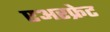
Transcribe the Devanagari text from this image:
एअरफ्रेट